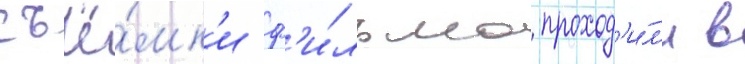
съё́мк'и ф'и́льма проход'и́л'и в